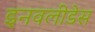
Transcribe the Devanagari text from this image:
इनवलीडेस